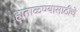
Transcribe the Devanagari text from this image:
हाताळण्यासाठीचे